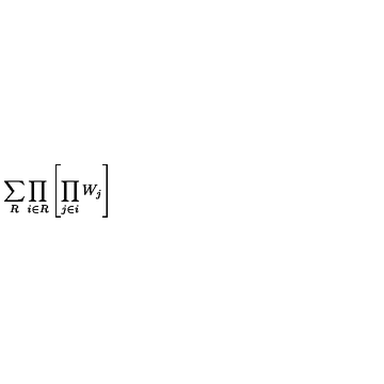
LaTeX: \sum _ { R } \prod _ { i \in R } \left[ \prod _ { j \in i } W _ { j } \right]